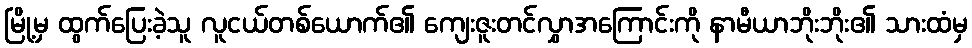
မြို့မှ ထွက်ပြေးခဲ့သူ လူငယ်တစ်ယောက်၏ ကျေးဇူးတင်လွှာအကြောင်းကို နာမီယာဘိုးဘိုး၏ သားထံမှ